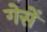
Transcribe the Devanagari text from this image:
गेसें